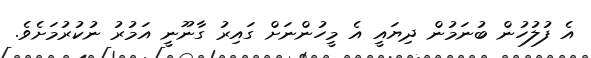
އެ ފުލުހުން ބުނަމުން ދިޔައީ އެ މީހުންނަށް ގައިރު ގާނޫނީ އަމުރު ނުކުރުމަށެވެ.